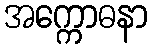
အက္ကောဓနာ